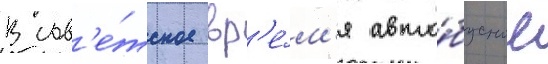
В сов'е́тское вр'е́м'я авто́бусные